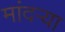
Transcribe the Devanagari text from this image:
मांदऱ्या